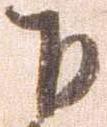
下